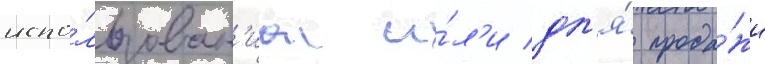
испо́льзован'иа и́л'и дл'я́ прода́жи